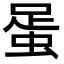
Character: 𧋩